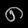
Digit: ၈